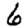
Digit: 6